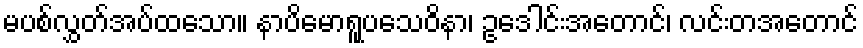
မပစ်လွှတ်အပ်ထသော။ နာပိမောရူပသေဝိနာ၊ ဥဒေါင်းအတောင်၊ လင်းတအတောင်